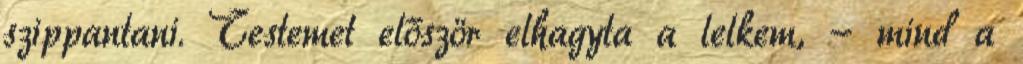
szippantani. Testemet először elhagyta a lelkem, - mind a